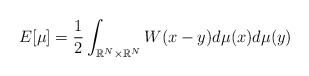
\begin{align*}E[\mu] = \frac12\int_{\mathbb{R}^N\times\mathbb{R}^N} W(x-y)d\mu(x)d\mu(y)\,\end{align*}